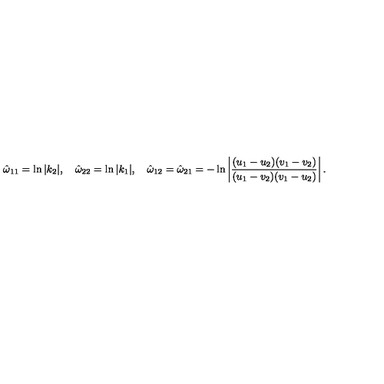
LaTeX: \hat { \omega } _ { 1 1 } = \ln | k _ { 2 } | , \quad \hat { \omega } _ { 2 2 } = \ln | k _ { 1 } | , \quad \hat { \omega } _ { 1 2 } = \hat { \omega } _ { 2 1 } = - \ln \left| \frac { ( u _ { 1 } - u _ { 2 } ) ( v _ { 1 } - v _ { 2 } ) } { ( u _ { 1 } - v _ { 2 } ) ( v _ { 1 } - u _ { 2 } ) } \right| .